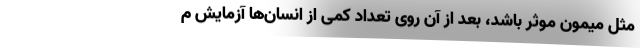
مثل میمون موثر باشد، بعد از آن روی تعداد کمی از انسان‌ها آزمایش م